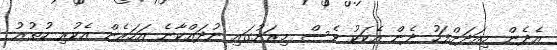
އެދެން މިއަދަށްފަހު ދެން އެކަކު ވެސް މިރަށުގައި ނުދައްކާނެ އަހަރެން އެކުރި ހުތުރު